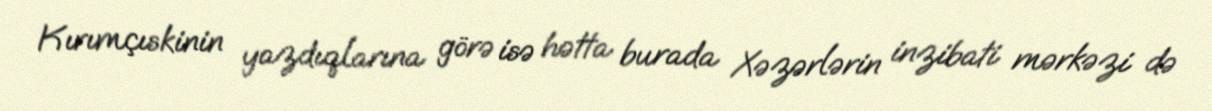
Kırımçıskinin yazdıqlarına görə isə hətta burada Xəzərlərin inzibati mərkəzi də